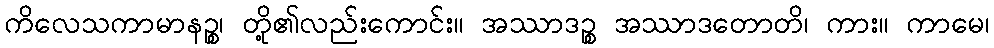
ကိလေသကာမာနဉ္စ၊ တို့၏လည်းကောင်း။ အဿာဒဉ္စ အဿာဒတောတိ၊ ကား။ ကာမေ၊